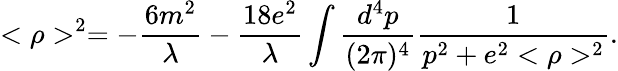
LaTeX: <\rho>^{2}=-\frac{6m^{2}}{\lambda}-\frac{18e^{2}}{\lambda}\int\frac{d^{4}p}{(2\pi)^{4}}\frac{1}{p^{2}+e^{2}<\rho>^{2}}.